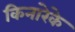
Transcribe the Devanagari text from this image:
किनारेके